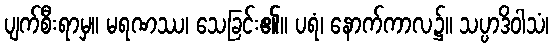
ပျက်စီးရာမှ။ မရဏဿ၊ သေခြင်း၏။ ပရံ၊ နောက်ကာလ၌။ သပ္ပာဒိဝါသံ၊